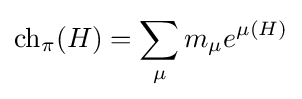
\operatorname {ch} _{\pi }(H)=\sum _{\mu }m_{\mu }e^{\mu (H)}